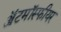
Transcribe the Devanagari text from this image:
ॲटमॉस्फीयर